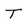
Character: T